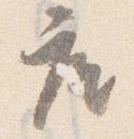
座